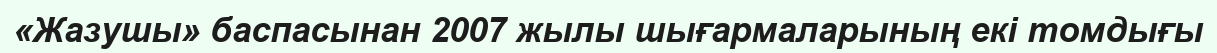
«Жазушы» баспасынан 2007 жылы шығармаларының екі томдығы